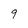
Character: 9